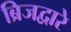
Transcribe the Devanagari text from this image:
ब्रिजद्वारे